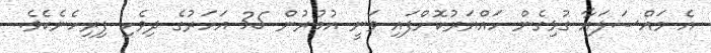
އެ މައްސަލައާ ގުޅިގެން ހައްޔަރުކޮށްފައި ވަނީ އުމުރުން 35 އަހަރުގެ ދިވެހި ފިރިހެނެކެވެ.